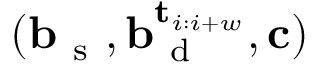
( \mathbf { b } _ { \mathrm { ~ s ~ } } , \mathbf { b } _ { \mathrm { ~ d ~ } } ^ { \mathbf { t } _ { i : i + w } } , \mathbf { c } )